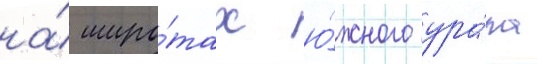
на́ широ́тах ю́жного ура́ла